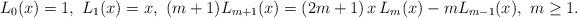
LaTeX: \begin{align*}L_0(x)=1,\ L_1(x)=x,\ (m+1)L_{m+1}(x)=(2m+1)\,x\,L_m(x) - mL_{m-1}(x),\ m\ge 1.\end{align*}